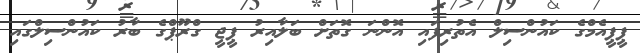
ޕީޕީއެމްގެ ކައުންސިލް އެތުރިފައި އޮންނަ ގޮތަށް ބަލާއިރު ޕީޖީ ގްރޫޕްގެ ބާރު ކައުންސިލްގައި